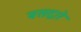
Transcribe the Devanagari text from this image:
बसद्वारे